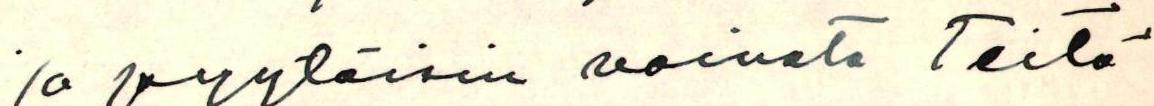
ja pyytäisin vaivata Teitä